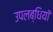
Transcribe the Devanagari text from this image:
उपलब्धियॉ